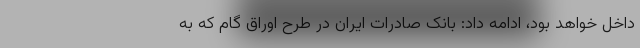
داخل خواهد بود، ادامه داد: بانک صادرات ایران در طرح اوراق گام که به